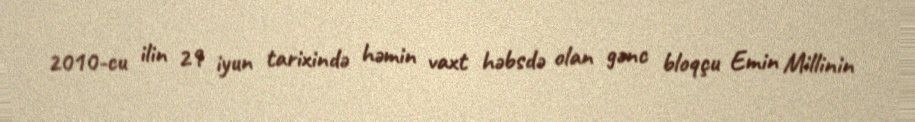
2010-cu ilin 29 iyun tarixində həmin vaxt həbsdə olan gənc bloqçu Emin Millinin